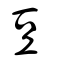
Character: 豆